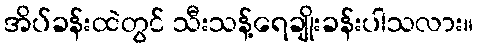
အိပ်ခန်းထဲတွင် သီးသန့်ရေချိုးခန်းပါသလား။